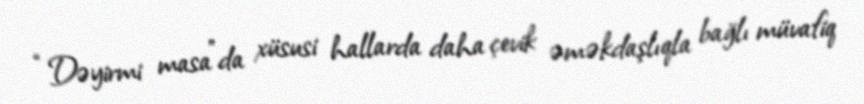
“Dəyirmi masa”da xüsusi hallarda daha çevik əməkdaşlıqla bağlı müvafiq